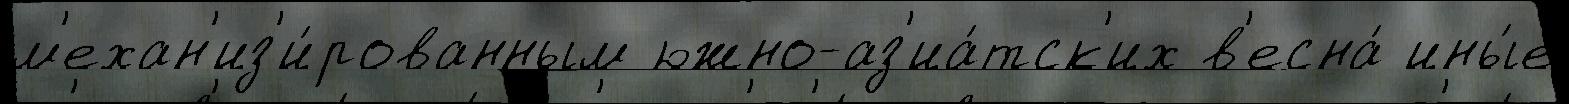
м'ехан'из'и́рованным южно-аз'иа́тск'их в'есна́ ины́е